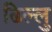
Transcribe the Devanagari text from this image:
ढिल्लु